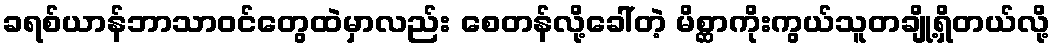
ခရစ်ယာန်ဘာသာဝင်တွေထဲမှာလည်း စေတန်လို့ခေါ်တဲ့ မိစ္ဆာကိုးကွယ်သူတချို့ရှိတယ်လို့